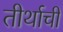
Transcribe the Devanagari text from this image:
तीर्थाची